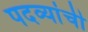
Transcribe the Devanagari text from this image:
पदव्यांची